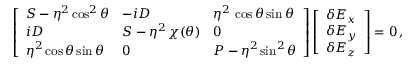
\left[ \begin{array} { l l l } { { \cal S } - \eta ^ { 2 } \cos ^ { 2 } \theta } & { - i { \cal D } } & { \eta ^ { 2 } \, \cos \theta \sin \theta } \\ { i { \cal D } } & { { \cal S } - \eta ^ { 2 } \, \chi ( \theta ) } & { 0 } \\ { \eta ^ { 2 } \cos \theta \sin \theta } & { 0 } & { { \cal P } - \eta ^ { 2 } \sin ^ { 2 } \theta } \end{array} \right] \left[ \begin{array} { l } { \delta E _ { x } } \\ { \delta E _ { y } } \\ { \delta E _ { z } } \end{array} \right] = 0 \, ,